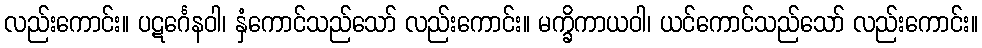
လည်းကောင်း။ ပဋင်္ဂေနဝါ၊ နှံကောင်သည်သော် လည်းကောင်း။ မက္ခိကာယဝါ၊ ယင်ကောင်သည်သော် လည်းကောင်း။